画像に写った文字を読んでください
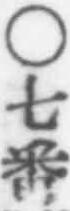
「○七番」と書いてあります